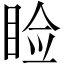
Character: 睑